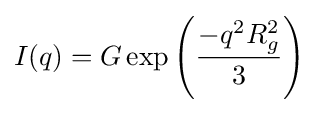
I(q)=G\exp \left({\frac {-q^{2}R_{g}^{2}}{3}}\right)